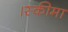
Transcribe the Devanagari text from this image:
।स्कीमा